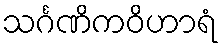
သင်္ဂဏိကဝိဟာရံ